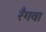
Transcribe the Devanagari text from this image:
रँगवा